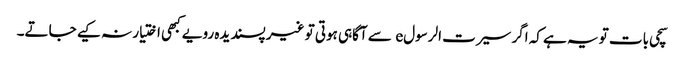
سچی بات تو یہ ہے کہ اگر سیرت الرسولe سے آگاہی ہوتی تو غیر پسندیدہ رویے کبھی اختیار نہ کیے جاتے۔